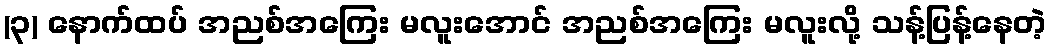
(၃) နောက်ထပ် အညစ်အကြေး မလူးအောင် အညစ်အကြေး မလူးလို့ သန့်ပြန့်နေတဲ့